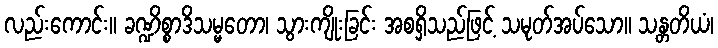
လည်းကောင်း။ ခဏ္ဍိစ္စာဒိသမ္မတော၊ သွားကျိုးခြင်း အစရှိသည်ဖြင့် သမုတ်အပ်သော။ သန္တတိယံ၊